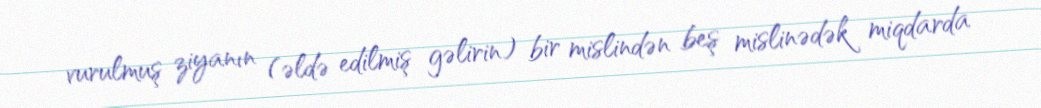
vurulmuş ziyanın (əldə edilmiş gəlirin) bir mislindən beş mislinədək miqdarda